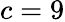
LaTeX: c=9